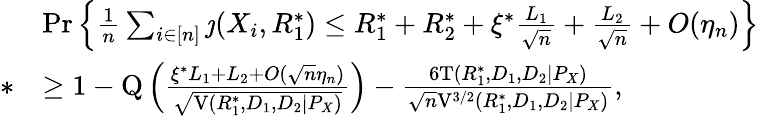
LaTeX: \begin{array}{rl}&{\operatorname*{Pr}\Big\{ \frac{1}{n}\sum_{i\in[n]}\jmath(X_{i},R_{1}^{*})\leq R_{1}^{*}+R_{2}^{*}+\xi^{*}\frac{L_{1}}{\sqrt{n}}+\frac{L_{2}}{\sqrt{n}}+O(\eta_{n})\Big\} }\\ {*}&{\geq 1-\mathrm{Q}\left(\frac{\xi^{*}L_{1}+L_{2}+O(\sqrt{n}\eta_{n})}{\sqrt{\mathrm{V}(R_{1}^{*},D_{1},D_{2}|P_{X})}}\right)-\frac{6\mathrm{T}(R_{1}^{*},D_{1},D_{2}|P_{X})}{\sqrt{n}\mathrm{V}^{3/2}(R_{1}^{*},D_{1},D_{2}|P_{X})},}\end{array}